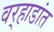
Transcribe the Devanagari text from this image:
वर्‍हाडांत